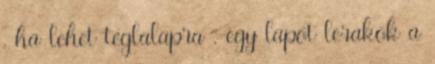
, ha lehet téglalapra . egy lapot lerakok a